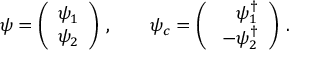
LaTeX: \psi = \left( \begin{array} { c } { { \psi _ { 1 } } } \\ { { \psi _ { 2 } } } \end{array} \right) \, , \qquad \psi _ { c } = \left( \begin{array} { r } { { \psi _ { 1 } ^ { \dagger } } } \\ { { \ - \psi _ { 2 } ^ { \dagger } } } \end{array} \right) \, .